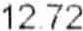
12.72